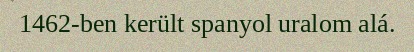
1462-ben került spanyol uralom alá.